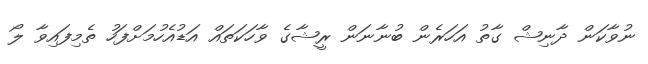
ނުވާކަން ދާނިޝް ގާތު އަހަރެން ބުނާނަން ރީޝާގެ ވާހަކަތައް އަޑުއެެހުމަށްފަހު ތެމިފައިވާ ލޯ